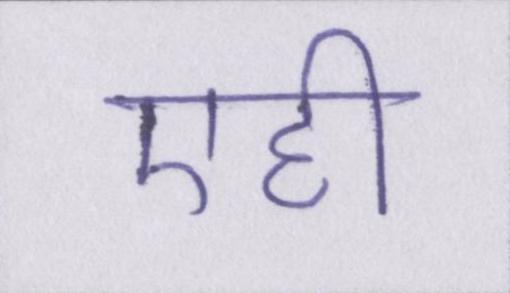
एही